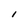
Character: I